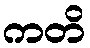
ကတိ